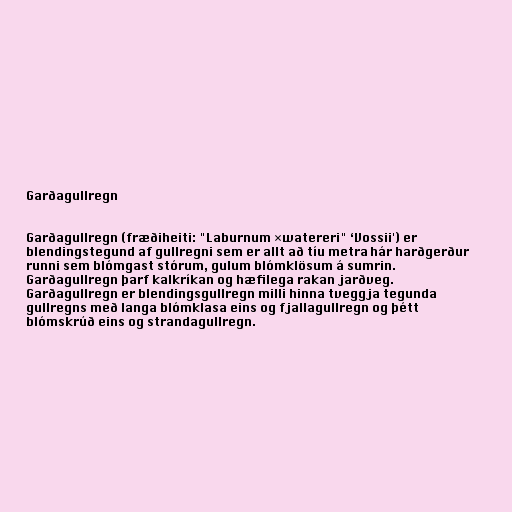
Garðagullregn

Garðagullregn (fræðiheiti: "Laburnum ×watereri" ‘Vossii') er
blendingstegund af gullregni sem er allt að tíu metra hár harðgerður
runni sem blómgast stórum, gulum blómklösum á sumrin.
Garðagullregn þarf kalkríkan og hæfilega rakan jarðveg.
Garðagullregn er blendingsgullregn milli hinna tveggja tegunda
gullregns með langa blómklasa eins og fjallagullregn og þétt
blómskrúð eins og strandagullregn.